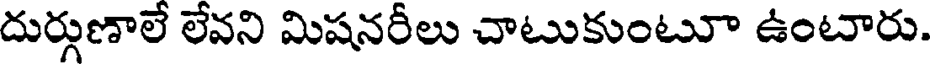
దుర్గుణాలే లేవని మిషనరీలు చాటుకుంటూ ఉంటారు.